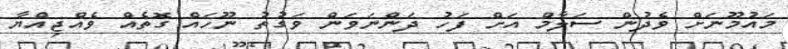
މައުމޫނަށް ވެދުން ސަލާމް އަށް ފަހު ދަންނަވަން ވަގުތު ނޫހައް ގޮތެއް ވެއްޖިއްޔާ